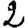
Digit: 2